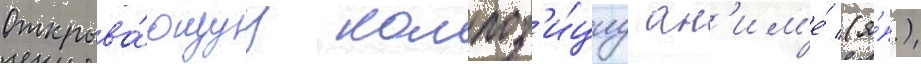
Открыва́ющуу композ'и́циу ан'им'е́ (я́п.)